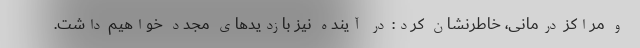
و مراکز درمانی، خاطرنشان کرد: در آینده نیز بازدیدهای مجدد خواهیم داشت.